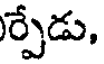
ర్పేడు,